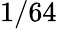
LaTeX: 1/64